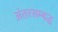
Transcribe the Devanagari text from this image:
अंतरसम्बद्ध